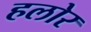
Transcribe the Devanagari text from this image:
हलोर